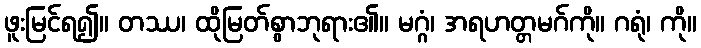
ဖူးမြင်ရ၍။ တဿ၊ ထိုမြတ်စွာဘုရား၏။ မဂ္ဂံ၊ အရဟတ္တမဂ်ကို။ ဂရုံ၊ ကို။